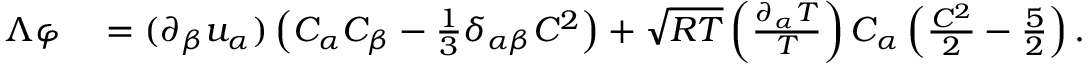
\begin{array} { r l } { \Lambda \varphi } & { { } = ( \partial _ { \beta } u _ { \alpha } ) \left( C _ { \alpha } C _ { \beta } - \frac { 1 } { 3 } \delta _ { \alpha \beta } C ^ { 2 } \right) + \sqrt { R T } \left( \frac { \partial _ { \alpha } T } { T } \right) C _ { \alpha } \left( \frac { C ^ { 2 } } { 2 } - \frac { 5 } { 2 } \right) . } \end{array}